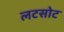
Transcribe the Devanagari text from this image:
लटसोट